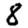
Digit: 8